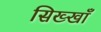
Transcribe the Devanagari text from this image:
सिख्खाँ